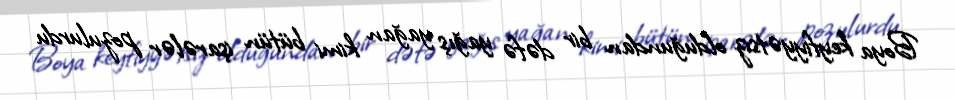
Boya keyfiyyətsiz olduğundan bir dəfə yağış yağan kimi bütün işarələr pozulurdu